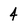
Character: 4